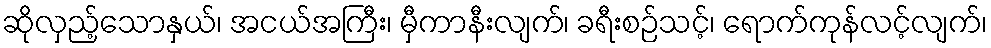
ဆိုလှည့်သောနှယ်၊ အငယ်အကြီး၊ မှီကာနီးလျက်၊ ခရီးစဉ်သင့်၊ ရောက်ကုန်လင့်လျက်၊